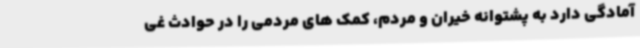
آمادگی دارد به پشتوانه خیران و مردم، کمک های مردمی را در حوادث غی